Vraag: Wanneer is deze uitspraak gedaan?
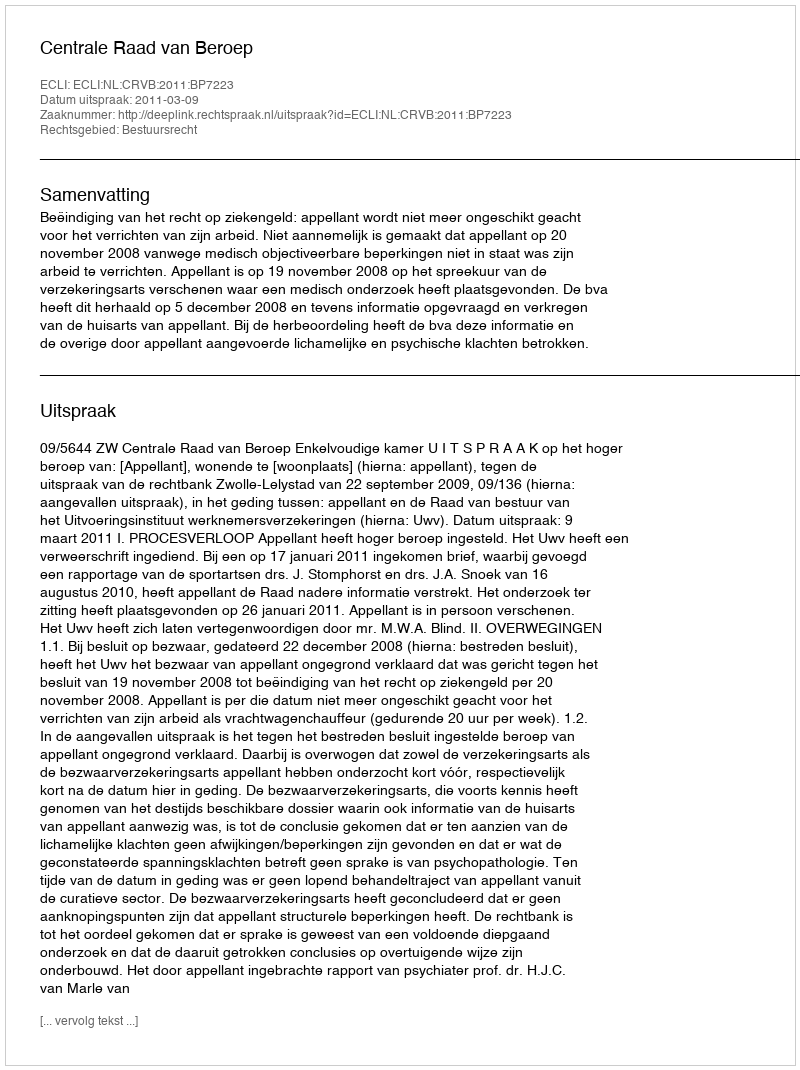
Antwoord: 2011-03-09